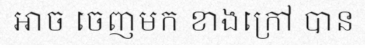
អាច ចេញមក ខាងក្រៅ បាន